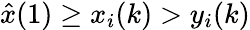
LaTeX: \hat{x}(1)\geq x_{i}(k)>y_{i}(k)